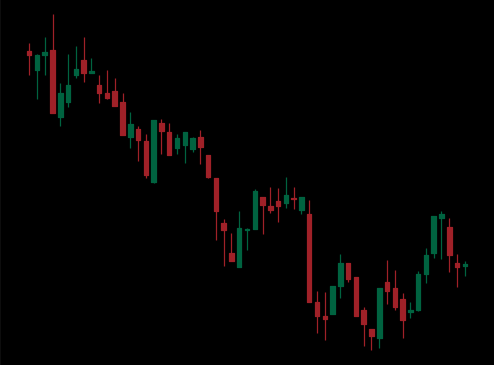
Pattern: bull_flag